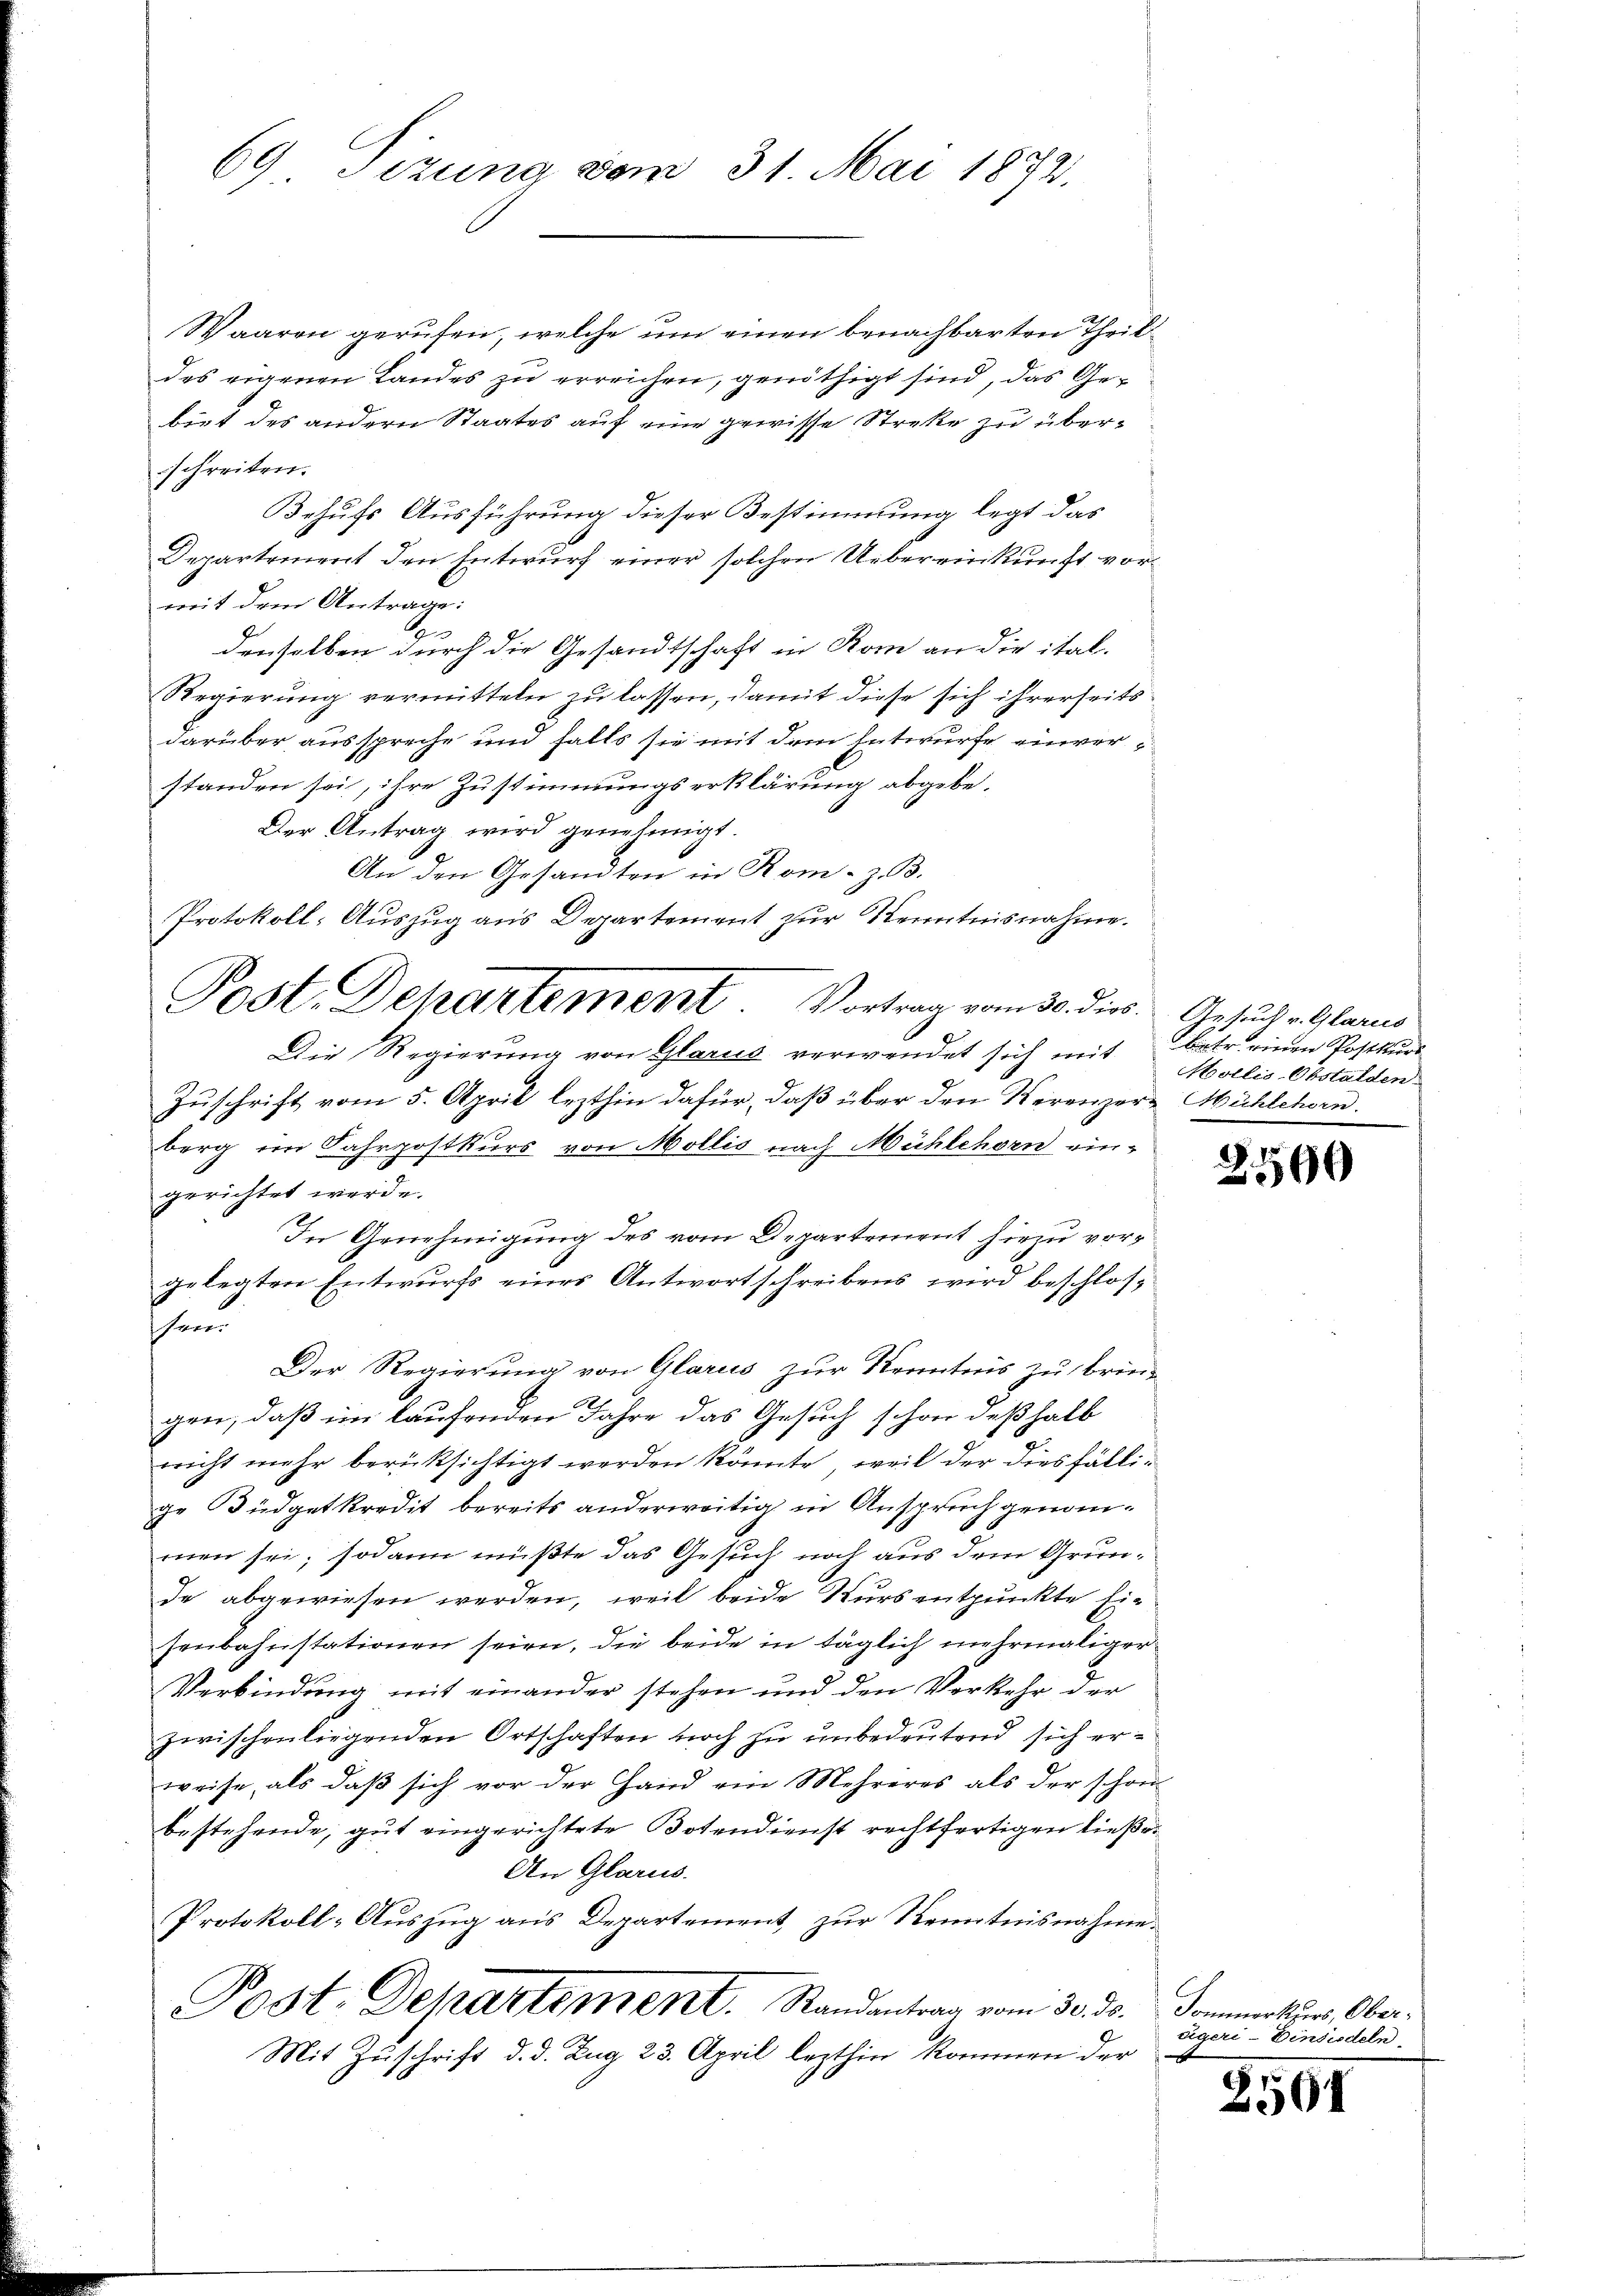
69 Sizung vom 31. Mai 1872.

Waaren gerufen, welche um einen benachbarten Theildes eigenen Landes zu erreichen, genöthigt sind, das Gebiet des andern Staates auf eine gewisse Streke zu überschreiten.
Behufs Ausführung dieser Bestimmung legt das
Departement den Entwurf einer solchen Uebereinkunft vormit dem Antrage:
n
denselben durch die Gesandtschaft in Rom an die ital-
Regierung vermitteln zu lassen, damit diese sich ihrerseits
darüber ausspreche und falls sie mit dem Entwurfe einverstanden sei, ihre Zustimmungserklärung abgebe.
Der Antrag wird genehmigt.
An den Gesandten in Rom- z. B.
Protokoll-Auszug aus Departement zur Kenntnisnahme.
Zuschrift vom 5. April lezthin dafür, daß über den Verenzer Mühlehorn.
berg im Fahrpostkurs von Mollis nach Mühlehorn ein-
gerichtet werde.
In Genehmigung des vom Departement hier vorgelegten Entwurfs eines Antwortschreibens wird beschlosschen
Der Regierung von Glarus zur Kenntnis zu brin-
gen, daß im laufenden Jahre das Gesuch schon deßhalb
nicht mehr berücksichtigt werden könnte, weil der diesfällige Büdgetkredit bereits anderweitig in Anspruch genommen sei; sodann müßte das Gesuch noch aus dem Grunde abgewiesen werden, weil beide Kursentpunkte Ein
senbahnstationen seien, die beide in täglich mehrmaliger
Verbindung mit einander stehen und den Verkehr der
zwischenliegenden Ortschaften noch zu unbedeutend sich erweise, als daß sich vor der Hand ein Mehreres als der schon
bestehende, gut eingerichtete Botendienst rechtfertigen ließe.
An Glarus.
Protokoll- Auszug aus Departement, zur Kenntnisnahme.
Post. Departement. Randantrag vom 30. ds. Sommertur, Ober-
Mit Zuschrift d. d. Zug 23. April lezthin kommen der

Post. Departement. Vortrag vom 30. dies. Gesuch v. Glarus
Die Regierung von Glarus verwendet sich mit

Behr einen Postkurs
Mollis-Obstalden.

2590

digeri - Einsiedeln.

2507